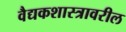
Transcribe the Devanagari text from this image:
वैद्यकशास्त्रावरील